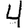
Digit: 4